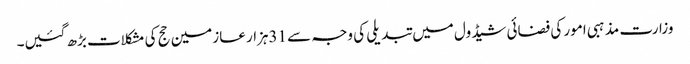
وزارت مذہبی امور کی فضائی شیڈول میں تبدیلی کی وجہ سے 31ہزار عازمین حج کی مشکلات بڑھ گئیں۔